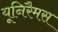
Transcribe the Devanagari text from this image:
यूनिरैमस